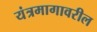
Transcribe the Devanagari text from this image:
यंत्रमागावरील